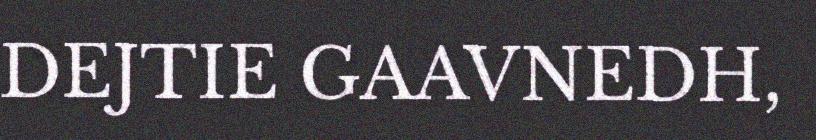
DEJTIE GAAVNEDH,